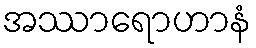
အဿာရောဟာနံ